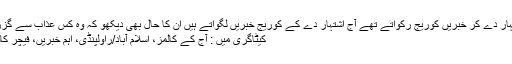
جو کل اشتہار دے کر خبریں کوریج رکواتے تھے آج اشتہار دے کے کوریج خبریں لگواتے ہیں ان کا حال بھی دیکھو کہ وہ کس عذاب سے گزر رہے ہیں
کیٹاگری میں : آج کے کالمز، اسلام آباد/راولپنڈی، اہم خبریں، فیچر کالمز، میٹرو